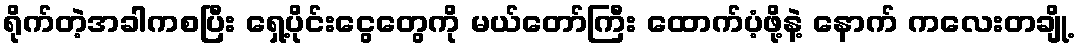
ရိုက်တဲ့အခါကစပြီး ရှေ့ပိုင်းငွေတွေကို မယ်တော်ကြီး ထောက်ပံ့ဖို့နဲ့ နောက် ကလေးတချို့